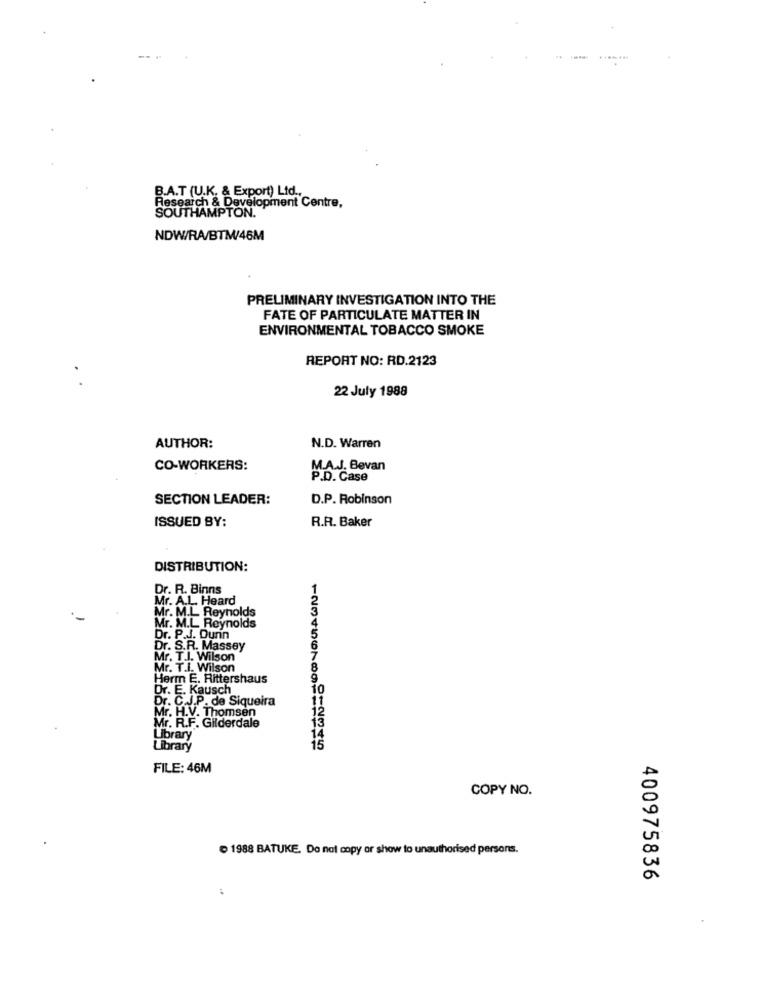
--
B.A.T (U.K. & Export) Ltd .,
Research & Development Centre,
SOUTHAMPTON.
NDW/RA/BTM/46M
PRELIMINARY INVESTIGATION INTO THE
FATE OF PARTICULATE MATTER IN
ENVIRONMENTAL TOBACCO SMOKE
REPORT NO: RD.2123
22 July 1988
AUTHOR:
N.D. Warren
CO-WORKERS:
M.A.J. Bevan
P.D. Case
SECTION LEADER:
D.P. Robinson
ISSUED BY:
R.R. Baker
DISTRIBUTION:
Dr. R. Binns
Mr. A.L. Heard
Mr. M.L. Reynolds
Mr. M.L. Reynolds
Dr. P.J. Dunn
Dr. S.R.
Mr. T.I. Wilson
Mr. T.I. Wilson
Herm E. Rittershaus
Dr. E. Kausch
10
Dr. C.J.P. de Siqueira
11
Mr. H.V. Thomsen
12
13
Mr. R.F. Gilderdale
Library
14
Library
FILE: 46M
COPY NO.
1988 BATUKE. Do not copy or show to unauthorised persons.
400975836